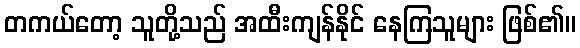
တကယ်တော့ သူတို့သည် အထီးကျန်နိုင် နေကြသူများ ဖြစ်၏။